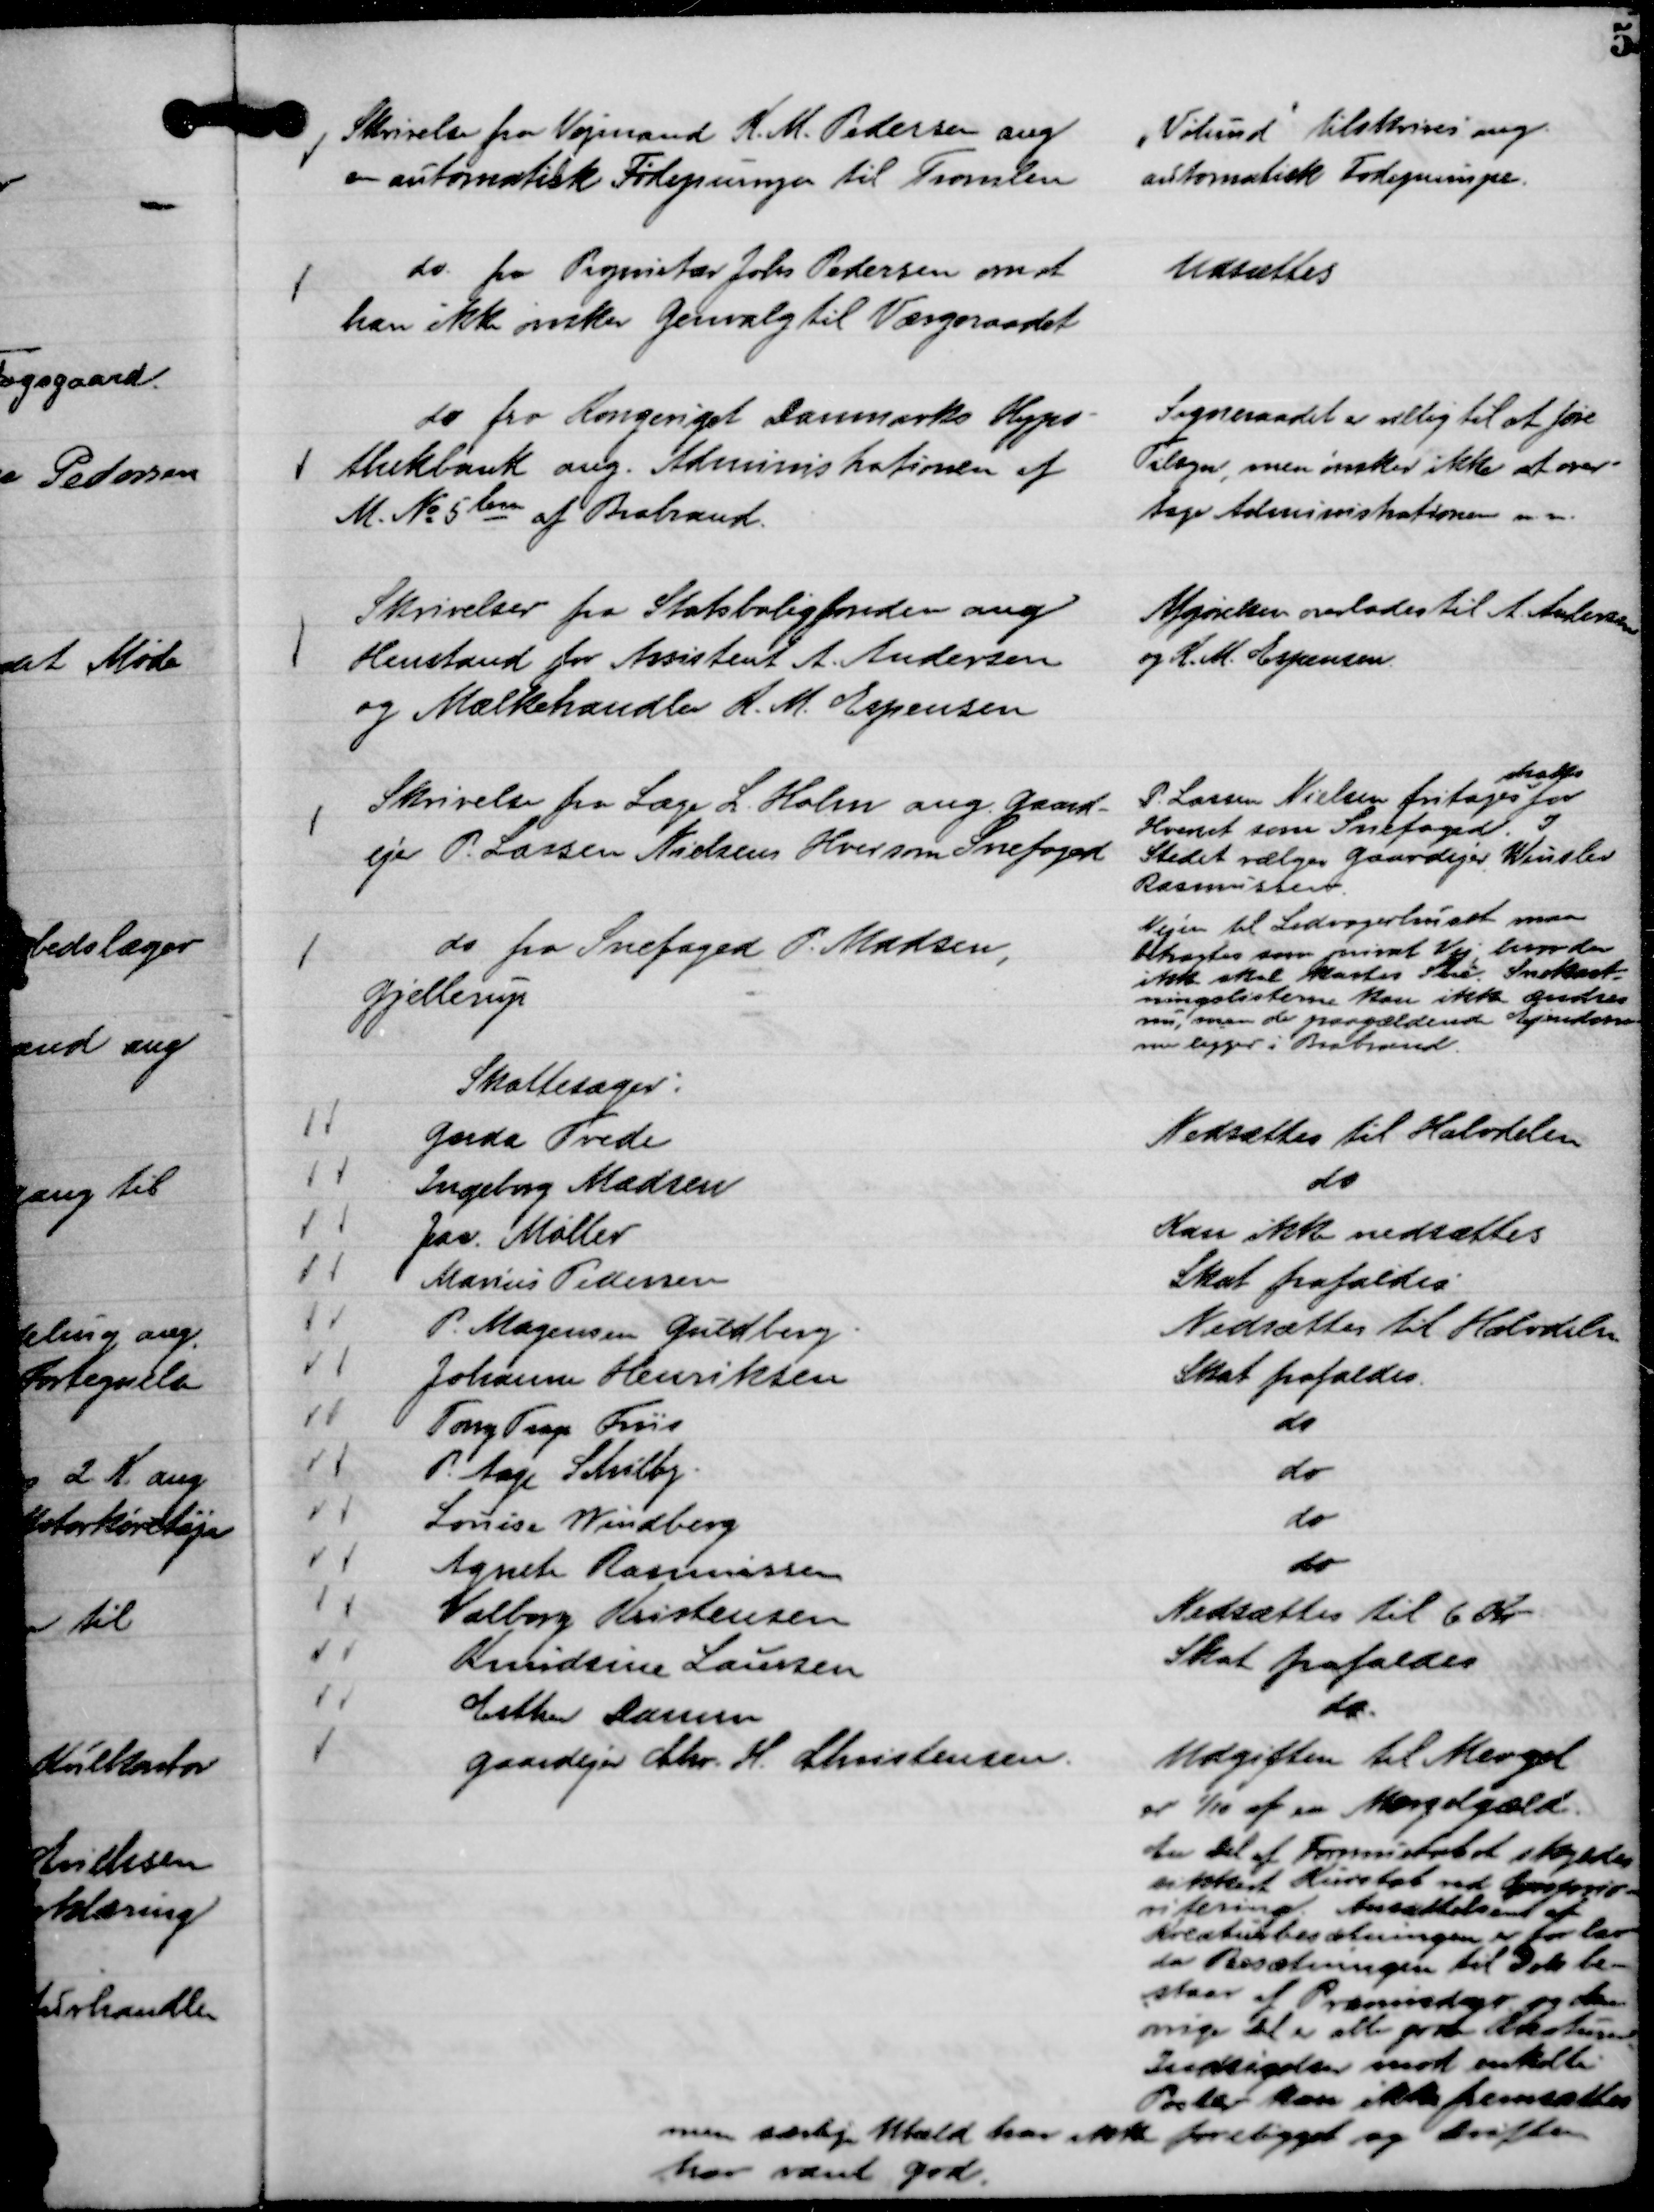
Transskription:
Skrivelse fra Vejmand K. M. Pedersen ang
en automatisk Fødepumpe til Tromlen

"Vølund"

tilskrives ang.
automatisk Fødepumpe.

do. fra Proprietær Johs Pedersen om at
han ikke ønsker Genvalg til Værgeraadet

Udsættes

do fra Kongeriget Danmarks Hypo-
theksbank ang. Administrationen af
M. No 5 bn af Brabrand.

Sogneraadet er villig til at føre
Tilsyn, men ønsker ikke at over-
tage Administrationen m. m.

Skrivelser fra Statsboligfonden ang
Henstand for Assistent A. Andersen
og Mælkehandler R. M. Espensen

Afgørelsen overlades til A. Andersen
og R. M. Espensen.

Skrivelse fra Læge L. Holm ang. Gaard-
ejer P. Lassen Nielsens Hver som Snefoged

P. Lassen Nielsen fritages
straks
for
Hvervet som Snefoged. I
Stedet vælges Gaardejer Winslev
Rasmussen.

do fra Snefoged P. Madsen,
Gjellerup

Vejen til Ledvogterhuset maa
betragtes som privat Vej, hvor der
ikke skal kastes Sne. Snekast-
ningslisterne kan ikke ændres
nu, men de paagældende Ejendom-
me ligger i Brabrand.

Skattesager:
Gerda Tvede
Nedsættes til Halvdelen
Ingeborg Madsen
do
Jas. Møller
Kan ikke nedsættes
Marius Pedersen
Skat frafaldes
P. Mogensen Guldberg.
Nedsættes til Halvdelen
Johannes Henriksen
Skat frafaldes.
Tony Trap Friis
do
P. Aage Schibby.
do
Louise Windberg
do
Agnete Rasmussen
do
Valborg Kristensen
Nedsættes til 6 Kr
Knudsine Laursen
Skat frafaldes
Esther Darum
do.
Gaardejer Chr. H. Christensen.
Udgiften til Mergel
er 1/10 af en Mergelgæld.
En Del af Formuetabet skyldes
sikkert Kurstab ved Overprio-
ritering. Ansættelsen af
Kreaturbesætningen er for lav
da Besætningen til Dato be-
staar af Præmiedyr og den
øvrige Del er alle gode Kreaturer
Indsigelsen mod enkelte
Poster kan ikke fremsættes
men særlig Uheld har ikke foreligget og Driften
har været god.